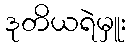
ဒုတိယရဲမှူး